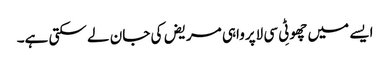
ایسے میں چھوٹِی سی لاپرواہی مریض کی جان لے سکتی ہے۔